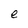
Character: e